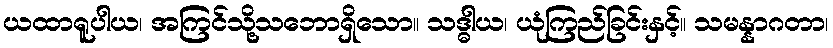
ယထာရူပါယ၊ အကြင်သို့သဘောရှိသော။ သဒ္ဓါယ၊ ယုံကြည်ခြင်းနှင့်။ သမန္နာဂတာ၊